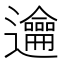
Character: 𨙄